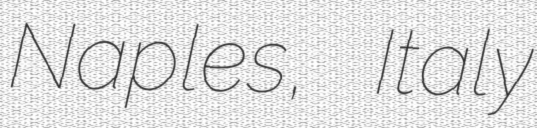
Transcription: Naples, Italy